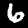
Digit: 6